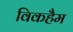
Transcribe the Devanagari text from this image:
विकहैम